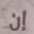
إن